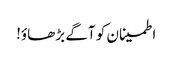
اطمینان کو آگے بڑھاؤ!